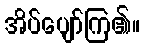
အိပ်ပျော်ကြ၏။